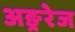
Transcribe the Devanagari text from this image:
अङ्ररेज